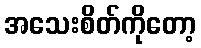
အသေးစိတ်ကိုတော့